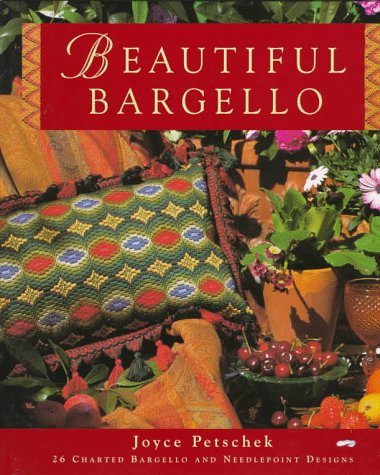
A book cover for Beautiful Bargello: 26 Charted Bargello and Needlepoint Designs; Joyce Petschek; Crafts, Hobbies & Home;